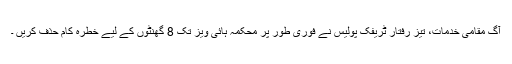
آگ مقامی خدمات، تیز رفتار ٹریفک پولیس نے فوری طور پر محکمہ ہائی ویز تک 8 گھنٹوں کے لیے خطرہ کام حذف کریں ۔